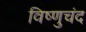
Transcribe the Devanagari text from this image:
विष्णुचंद